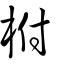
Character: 柎